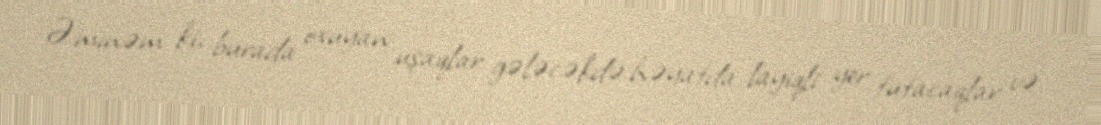
Əminəm ki, burada oxuyan uşaqlar gələcəkdə həyatda layiqli yer tutacaqlar və